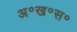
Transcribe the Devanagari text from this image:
अ॰ख॰स॰